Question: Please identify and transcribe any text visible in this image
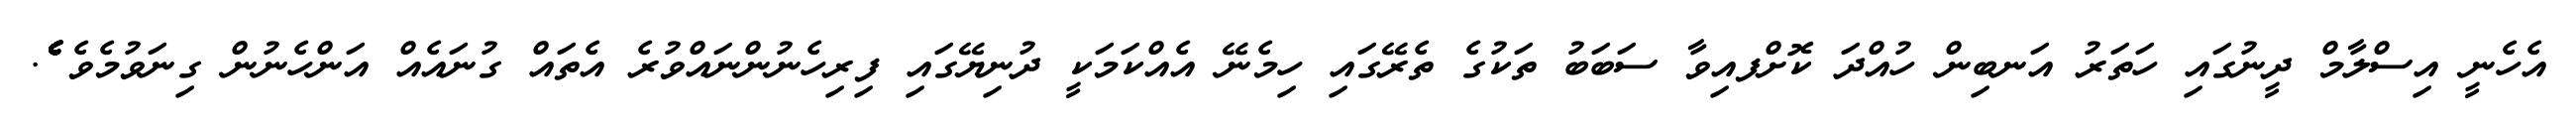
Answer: އެހެނީ އިސްލާމް ދީނުގައި ހަތަރު އަނބިން ހުއްދަ ކޮށްފއިވާ ސަބަބު ތަކުގެ ތެރޭގައި ހިމެނޭ އެއްކަމަކީ ދުނިޔޭގައި ފިރިހެނުންނައްވުރެ އެތައް ގުނައެއް އަންހެނުން ގިނަވުމެވެ ެެެެެެެެެެެެެެެެެެެެެެެެެެެެެެެެެެެެެެެެެެެެެެެެެެެެެެެެެެެެެެެެެެެެެެެެ.